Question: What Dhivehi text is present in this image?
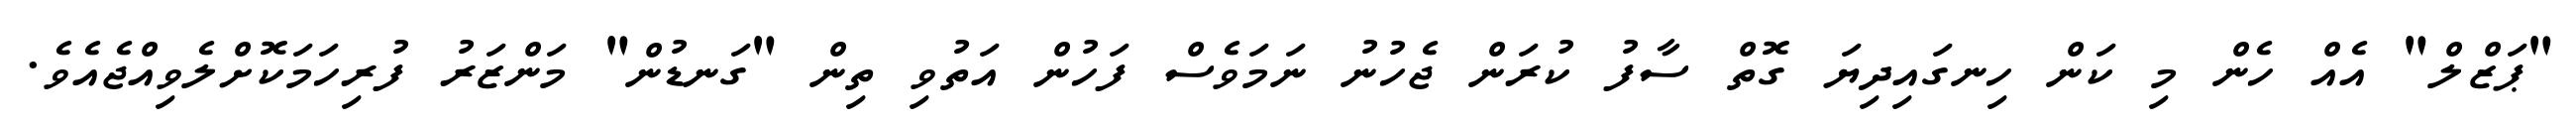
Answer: "ޕަޒްލް" އެއް ހެން މި ކަން ހިނގައިދިޔަ ގޮތް ސާފު ކުރަން ޖެހުނު ނަމަވެސް ފަހުން އަތުވި ތިން "ގަނޑުން" މަންޒަރު ފުރިހަމަކޮށްލެވިއްޖެއެވެ.